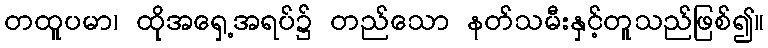
တထူပမာ၊ ထိုအရှေ့အရပ်၌ တည်သော နတ်သမီးနှင့်တူသည်ဖြစ်၍။